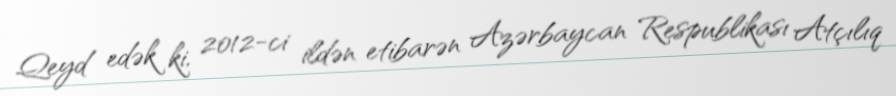
Qeyd edək ki, 2012-ci ildən etibarən Azərbaycan Respublikası Atçılıq